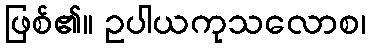
ဖြစ်၏။ ဥပါယကုသလောစ၊